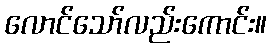
လောင်သော်လည်းကောင်း။